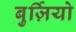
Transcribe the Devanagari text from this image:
बुर्ज़ियो